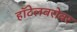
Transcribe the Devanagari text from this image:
हॉटेलबरोबर